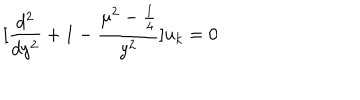
LaTeX: [ \frac { d ^ { 2 } } { d y ^ { 2 } } + 1 - \frac { \mu ^ { 2 } - \frac { 1 } { 4 } } { y ^ { 2 } } ] u _ { k } = 0